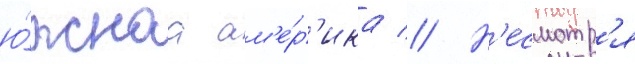
ю́жнаа ам'е́р'ика // Н'есмотр'я